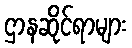
ဌာနဆိုင်ရာများ